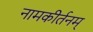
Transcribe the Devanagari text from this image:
नामकीर्तनम्